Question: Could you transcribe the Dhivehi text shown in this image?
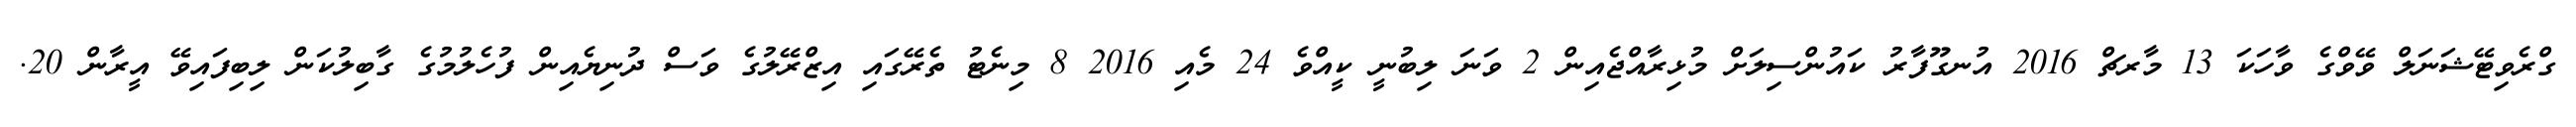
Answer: ގްރެވިޓޭޝަނަލް ވޭވްގެ ވާހަކަ 13 މާރޗް 2016 އުނގޫފާރު ކައުންސިލަށް މުޅިރާއްޖެއިން 2 ވަނަ ލިބުނީ ކީއްވެ 24 މެއި 2016 8 މިނެޓު ތެރޭގައި އިޒްރޭލުގެ ވަސް ދުނިޔެއިން ފުހެލުމުގެ ގާބިލުކަން ލިބިފައިވޭ އީރާން 20.